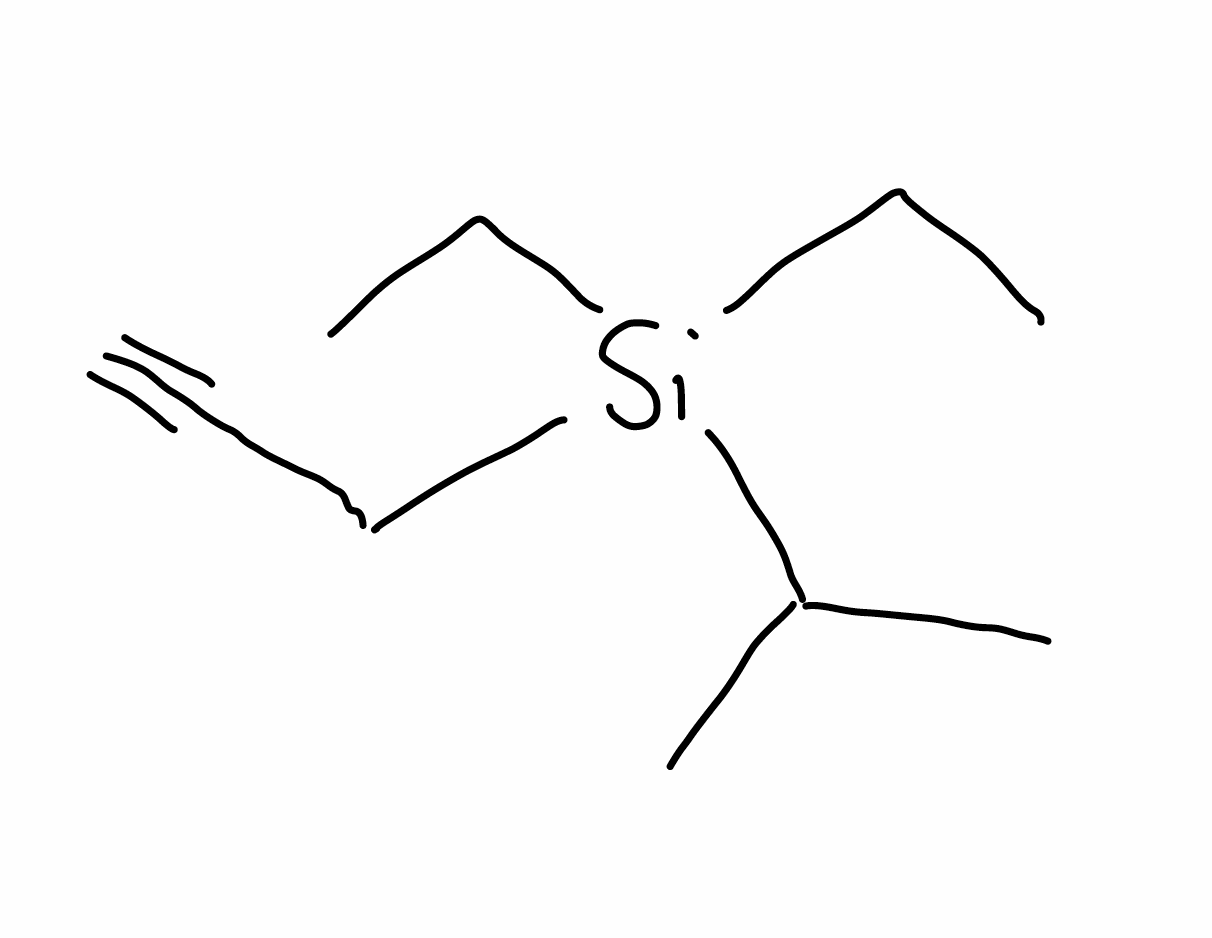
Simplified molecular-input line-entry system (SMILES) notation of the given molecule:
CC[Si](CC)(CC#C)C(C)C